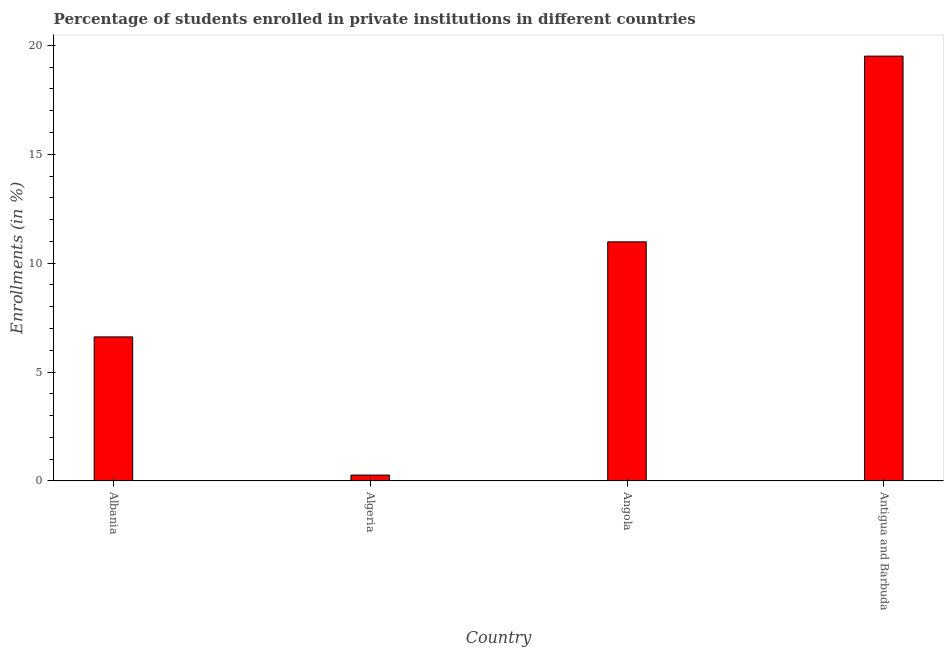
| Country | Enrollments |
 | --- | --- |
 | Albania | 6.61 |
 | Algeria | 0.271 |
 | Angola | 11 |
 | Antigua and Barbuda | 19.5 |